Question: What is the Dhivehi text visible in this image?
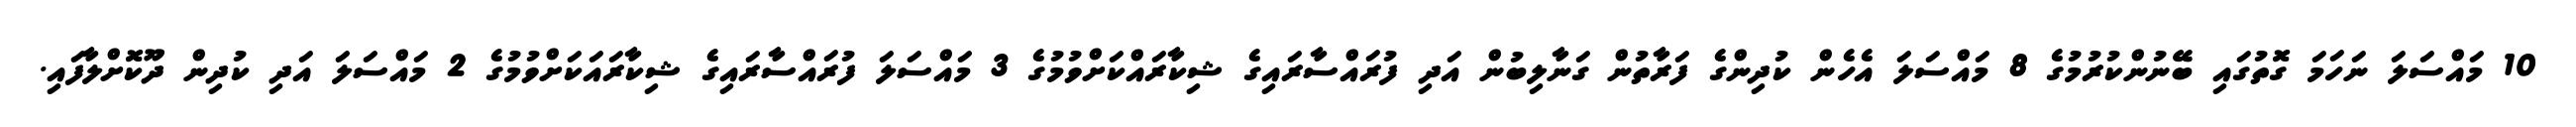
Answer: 10 މައްސަލަ ނަހަމަ ގޮތުގައި ބޭނުންކުރުމުގެ 8 މައްސަލަ އެހެން ކުދިންގެ ފަރާތުން ގަނާލިބުން އަދި ފުރައްސާރައިގެ ޝިކާރައްކަށްވުމުގެ 3 މައްސަލަ ފުރައްސާރައިގެ ޝިކާރައަކަށްވުމުގެ 2 މައްސަލަ އަދި ކުދިން ދޫކޮށްލާފައި.